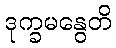
ဒုက္ခမနွေတိ